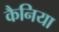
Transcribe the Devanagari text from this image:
कैनिया